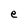
Character: e